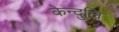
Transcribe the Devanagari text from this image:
केन्दुलि